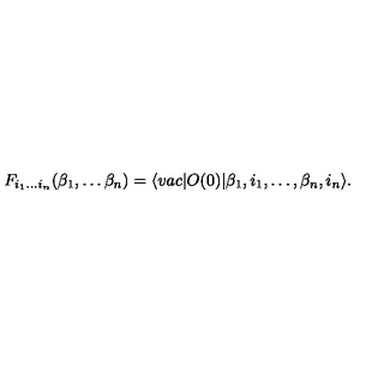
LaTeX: F _ { i _ { 1 } \dots i _ { n } } ( \beta _ { 1 } , \dots \beta _ { n } ) = \langle v a c \vert O ( 0 ) \vert \beta _ { 1 } , i _ { 1 } , \dots , \beta _ { n } , i _ { n } \rangle .